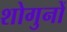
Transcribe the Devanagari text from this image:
शोगुनों